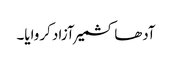
آدھا کشمیر آزاد کروایا۔